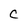
Character: C